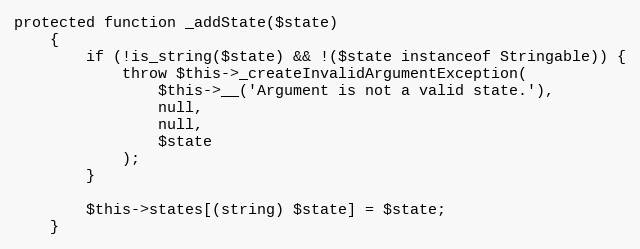
Language: PHP
protected function _addState($state)
    {
        if (!is_string($state) && !($state instanceof Stringable)) {
            throw $this->_createInvalidArgumentException(
                $this->__('Argument is not a valid state.'),
                null,
                null,
                $state
            );
        }

        $this->states[(string) $state] = $state;
    }